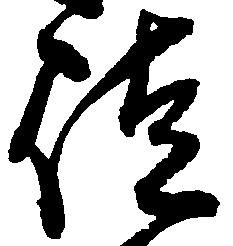
徒